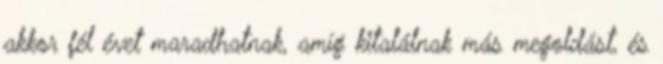
akkor fél évet maradhatnak, amíg kitalálnak más megoldást, és